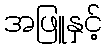
အဖြူနှင့်